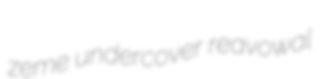
zeme undercover reavowal